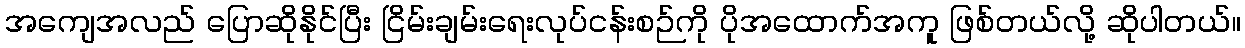
အကျေအလည် ပြောဆိုနိုင်ပြီး ငြိမ်းချမ်းရေးလုပ်ငန်းစဉ်ကို ပိုအထောက်အကူ ဖြစ်တယ်လို့ ဆိုပါတယ်။